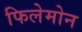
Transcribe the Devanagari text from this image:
फिलेमोन